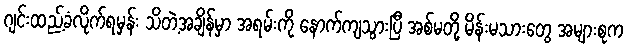
ဂျင်းထည့်ခံလိုက်ရမှန်း သိတဲ့အချိန်မှာ အရမ်းကို နောက်ကျသွားပြီ အစ်မတို့ မိန်းမသားတွေ အများစုက